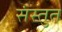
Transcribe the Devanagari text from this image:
संस्‍तुत